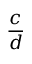
\frac { c } { d }